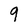
Character: 9